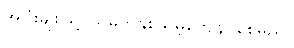
အပြုံးမျိုးဖြင့် သူမကိုနှစ်သိမ့်ကျေနပ်စေမည်။